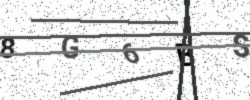
Text: 8G6BS